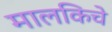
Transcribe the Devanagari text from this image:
मालकिचे